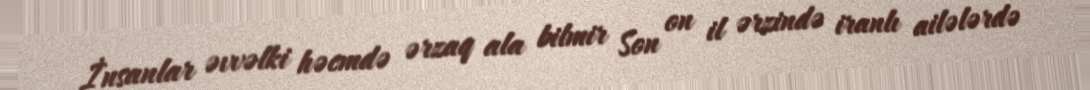
İnsanlar əvvəlki həcmdə ərzaq ala bilmir Son on il ərzində iranlı ailələrdə